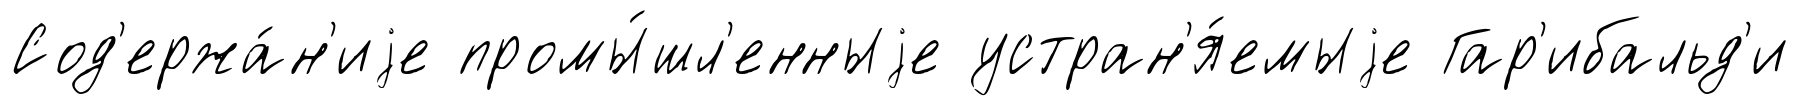
Сод'ержа́н'иjе промы́шл'енныjе устран'я́емыjе Гар'ибальд'и